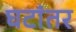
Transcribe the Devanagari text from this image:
घटांतर